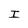
Character: I